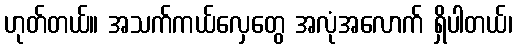
ဟုတ်တယ်။ အသက်ကယ်လှေတွေ အလုံအလောက် ရှိပါတယ်၊